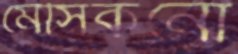
মেসিকনো